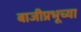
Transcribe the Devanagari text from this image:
बाजीप्रभूच्या